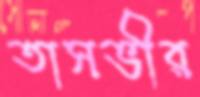
তাসভীর